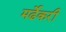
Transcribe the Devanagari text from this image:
मर्ढेकरी